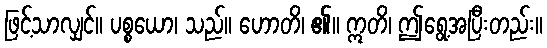
ဖြင့်သာလျှင်။ ပစ္စယော၊ သည်။ ဟောတိ၊ ၏။ ဣတိ၊ ဤရွေ့အပြီးတည်း။